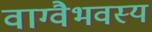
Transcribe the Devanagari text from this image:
वाग्वैभवस्य